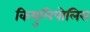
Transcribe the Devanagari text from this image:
कियुलिपोलिस